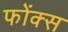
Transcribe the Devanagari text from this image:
फोंक्स